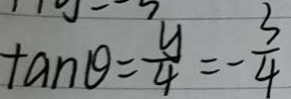
\tan \theta = \frac { y } { 4 } = - \frac { 3 } { 4 }